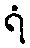
ရံ